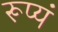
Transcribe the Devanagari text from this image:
रूप्यं